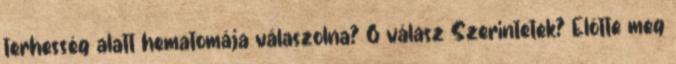
terhesség alatt hematomája válaszolna? 6 válasz Szerintetek? Elötte meg